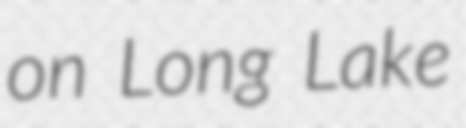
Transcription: on Long Lake